Report of the Indian Hemp Drugs Commission, 1894-1895 - Volume VI
Year: 1894
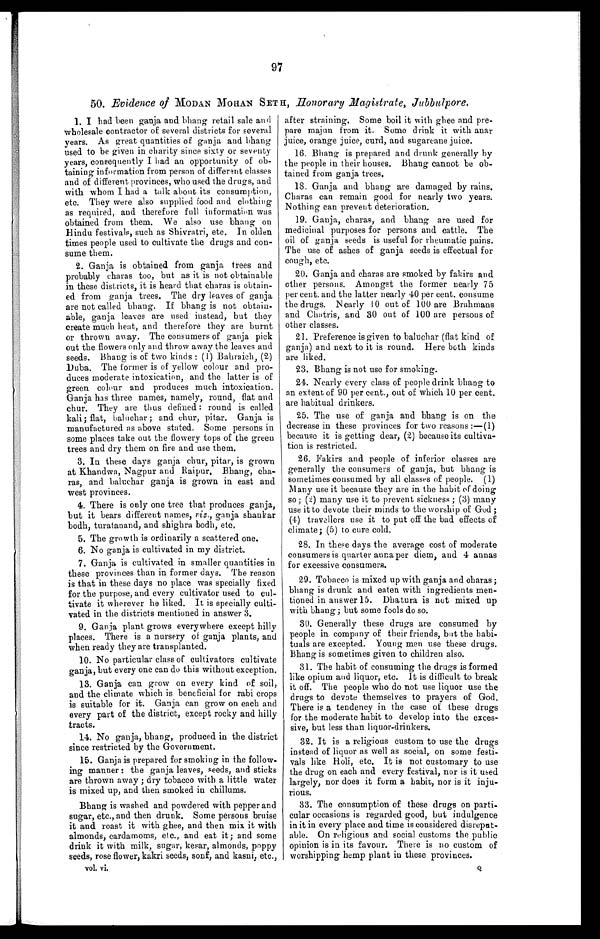
97
50. Evidence of MODAN MOHAN SET H , Honorary Magistrate, Jubbulpore.
1. I had been ganja and bhang retail sale and
wholesale contractor of several districts for several
years. As great quantities of ganja and bhang
used to be given in charity since sixty or seventy
years, consequently I had an opportunity of ob-
taining information from person of different classes
and of different provinces, who used the drugs, and
with whom I had a talk about its consumption,
etc. They were also supplied food and clothing
as required, and. therefore full information was
obtained from them. We also use bhang on
Hindu festivals, such as Shivratri, etc. In olden
times people used to cultivate the drugs and con-
sume them.
2. Ganja is obtained from ganja trees and
probably charas too, but as it is not obtainable
in these districts, it is heard that charas is obtain-
ed from ganja trees. The dry leaves of ganja
are not called bhang. If bhang is not obtain-
able, ganja leaves are used instead, but they
create much heat, and therefore they are burnt
or thrown away. The consumers of ganja pick
out the flowers only and throw away the leaves and
seeds. Bhang is of two kinds : (1) Bahraich, (2)
Duba. The former is of yellow colour and pro-
duces moderate intoxication, and the latter is of
green colour and produces much intoxication.
Ganja has three names, namely, round, flat and
chur. They are thus defined : round is called
kali ; flat, baluchar ; and chur, pitar. Ganja is
manufactured as above stated. Some persons in
some places take out the flowery tops of the green
trees and dry them on fire and use them.
3. In these days ganja chur, pitar, is grown
at Khandwa, Nagpur and Raipur. Bhang, cha-
ras, and baluchar ganja is grown in east and
west provinces.
4. There is only one tree that produces ganja,
but it bears different names, viz., ganja shankar
bodh, turatanand, and shighra bodh, etc.
5. The growth is ordinarily a scattered one.
6. No ganja is cultivated in my district.
7. Ganja is cultivated in smaller quantities in
these provinces than in former days. The reason
is that in these days no place was specially fixed
for the purpose, and every cultivator used to cul-
tivate it wherever he liked. It is specially culti-
vated in the districts mentioned in answer 3.
9. Ganja plant grows everywhere except hilly
places. There is a nursery of ganja plants, and
when ready they are transplanted.
10. No particular class of cultivators cultivate
ganja, but every one can do this without exception.
13. Ganja can grow on every kind of soil,
and the climate which is beneficial for rabi crops
is suitable for it. Ganja can grow on each and
every part of the district, except rocky and hilly
tracts.
14. No ganja, bhang, produced in the district
since restricted by the Government.
15. Ganja is prepared for smoking in the follow-
ing manner : the ganja leaves, seeds, and sticks
are thrown away ; dry tobacco with a little water
is mixed up, and then smoked in chillums.
Bhang is washed and powdered with pepper and
sugar, etc., and then drunk. Some persons bruise
it and roast it with ghee, and then mix it with
almonds, cardamoms, etc., and eat it; and some
drink it with milk, sugar, kesar, almonds, poppy
seeds, rose flower, kakri seeds, sonf, and kasni, etc.,
vol. vi.
after straining. Some boil it with ghee and pre-
pare majun from it. Some drink it with anar
juice, orange juice, curd, and sugarcane juice.
16. Bhang is prepared and drunk generally by
the people in their houses. Bhang cannot be ob-
tained from ganja trees.
18. Ganja and bhang are damaged by rains.
Charas can remain good for nearly two years.
Nothing can prevent deterioration.
19. Ganja, charas, and bhang are used for
medicinal purposes for persons and cattle. The
oil of ganja seeds is useful for rheumatic pains.
The use of ashes of ganja seeds is effectual for
cough, etc.
20. Ganja and charas are smoked by fakirs and
other persons. Amongst the former nearly 75
per cent. and the latter nearly 40 per cent. consume
the drugs. N early 10 out of 100 are Brahmans
and Chatris, and 30 out of 100 are persons of
other classes.
21. Preference is given to baluchar (flat kind of
ganja) and next to it is round. Here both kinds
are liked.
23. Bhang is not use for smoking.
24. Nearly every class of people drink bhang to
an extent of 90 per cent., out of which 10 per cent.
are habitual drinkers.
25. The use of ganja and bhang is on the
decrease in these provinces for two reasons :—(1)
because it is getting dear, (2) because its cultiva-
tion is restricted.
26. Fakirs and people of inferior classes are
generally the consumers of ganja, but bhang is
sometimes consumed by all classes of people. (1)
Many use it because they are in the habit of doing
so ; (2) many use it to prevent sickness ; (3) many
use it to devote their minds to the worship of God ;
(4) travellers use it to put off the bad effects of
climate; (5) to cure cold.
28. In these days the average cost of moderate
consumers is quarter anna per diem, and 4 annas
for excessive consumers.
29. Tobacco is mixed up with ganja and charas ;
bhang is drunk and eaten with ingredients men-
tioned in answer 15. Dhatura is not mixed up
with bhang; but some fools do so.
30. Generally these drugs are consumed by
people in company of their friends, but the habi-
tuals are excepted. Young men use these drugs.
Bhang is sometimes given to children also.
31. The habit of consuming the drugs is formed
like opium and liquor, etc. It is difficult to break
it off. The people who do not use liquor use the
drugs to devote themselves to prayers of God.
There is a tendency in the case of these drugs
for the moderate habit to develop into the exces-
sive, but less than liquor-drinkers.
32. It is a religious custom to use the drugs
instead of liquor as well as social, on some festi-
vals like Holi, etc. It is not customary to use
the drug on each and every festival, nor is it used
largely, nor does it form a habit, nor is it inju-
rious.
33. The consumption of these drugs on parti-
cular occasions is regarded good, but indulgence
in it in every place and time is considered disreput-
able. On religious and social customs the public
opinion is in its favour. There is no custom of
worshipping hemp plant in these provinces.